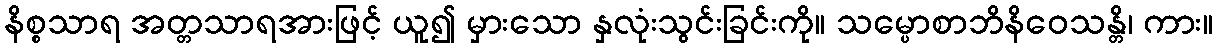
နိစ္စသာရ အတ္တသာရအားဖြင့် ယူ၍ မှားသော နှလုံးသွင်းခြင်းကို။ သမ္ပောစာဘိနိဝေသန္တိ၊ ကား။